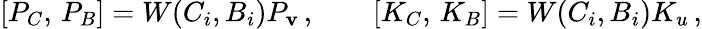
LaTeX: {}[P_{C},\, P_{B}]=W(C_{i},B_{i})P_{\mathbf{v}}\, ,\qquad[K_{C},\, K_{B}]=W(C_{i},B_{i})K_{u}\, ,